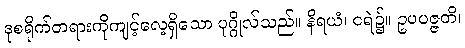
ဒုစရိုက်တရားကိုကျင့်လေ့ရှိသော ပုဂ္ဂိုလ်သည်။ နိရယံ၊ ငရဲ၌။ ဥပပဇ္ဇတိ၊